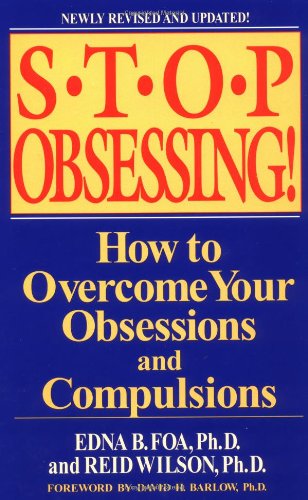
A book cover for Stop Obsessing!: How to Overcome Your Obsessions and Compulsions (Revised Edition); Edna B. Foa; Science & Math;